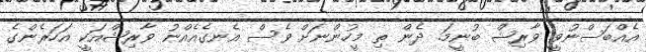
އެއްބަސްނުވީ ވާރިޝް ބުނީމަ. ދެން ތި މީހުންނަށް ވެސް އެނގެއެއްނު ވާރިޝްއަކީ އަހަރެންގެ